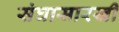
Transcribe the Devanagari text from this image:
संघासारखी